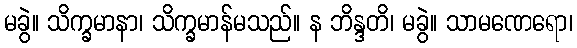
မခွဲ။ သိက္ခမာနာ၊ သိက္ခမာန်မသည်။ န ဘိန္ဒတိ၊ မခွဲ။ သာမဏေရော၊